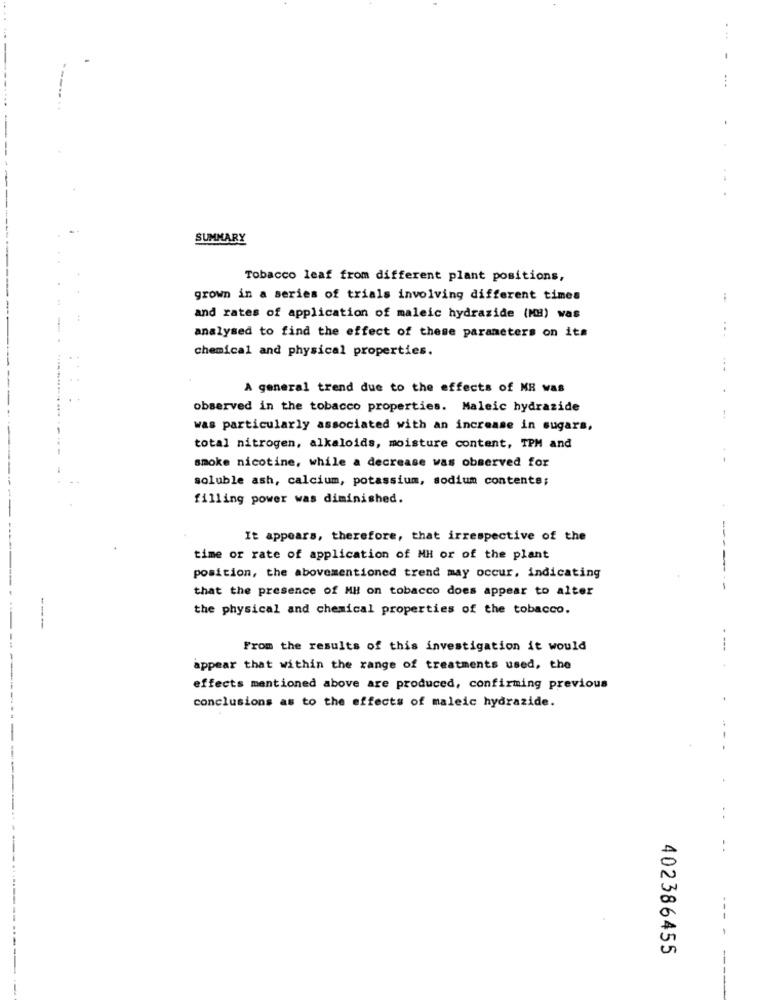
.
SUMMARY
Tobacco leaf from different plant positions,
grown in a series of trials involving different times
and rates of application of maleic hydrazide (MB) was
...
analysed to find the effect of these parameters on its
chemical and physical properties.
...
A general trend due to the effects of MR was
observed in the tobacco properties. Maleic hydrazide
was particularly associated with an increase in sugars,
total nitrogen, alkaloids, moisture content, TPM and
smoke nicotine, while a decrease was observed for
soluble ash, calcium, potassium, sodium contente;
filling power was diminished.
It appears, therefore, that irrespective of the
---
time or rate of application of MH or of the plant
position, the abovementioned trend may occur, indicating
that the presence of MH on tobacco does appear to alter
-----
the physical and chemical properties of the tobacco.
From the results of this investigation it would
----
appear that within the range of treatments used, the
effects mentioned above are produced, confirming previous
conclusions as to the effects of maleic hydrazide.
--
..
402386455